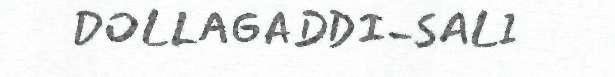
DOLLAGADDI-SALI